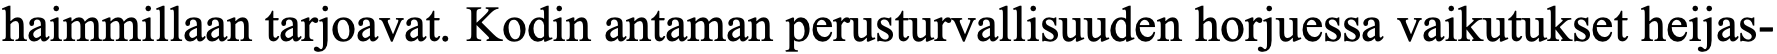
haimmillaan tarjoavat. Kodin antaman perusturvallisuuden horjuessa vaikutukset heijas-